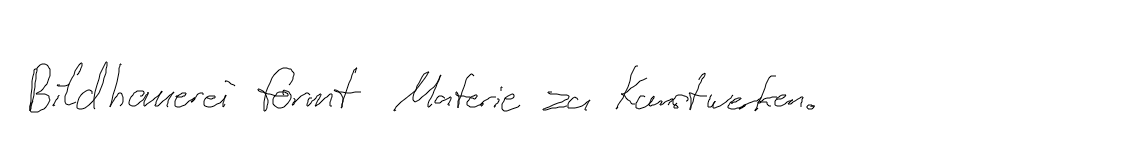
Bildhauerei formt Materie zu Kunstwerken.